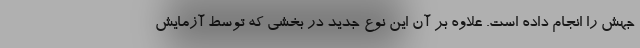
جهش را انجام داده است. علاوه بر آن این نوع جدید در بخشی که توسط آزمایش